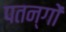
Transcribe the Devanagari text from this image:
पतन्‍गों